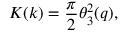
K ( k ) = { \frac { \pi } { 2 } } \theta _ { 3 } ^ { 2 } ( q ) ,